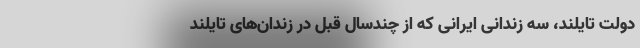
دولت تایلند، سه زندانی ایرانی که از چندسال قبل در زندان‌های تایلند